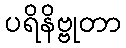
ပရိနိဗ္ဗုတာ